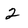
Character: 2